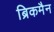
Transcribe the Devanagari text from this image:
ब्रिकमैन